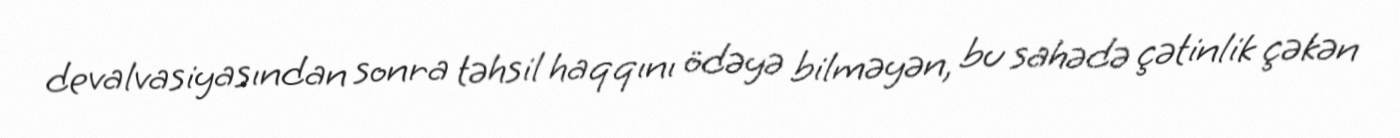
devalvasiyasından sonra təhsil haqqını ödəyə bilməyən, bu sahədə çətinlik çəkən